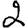
Digit: 2